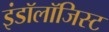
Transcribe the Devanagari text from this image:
इंडॉलॉजिस्ट